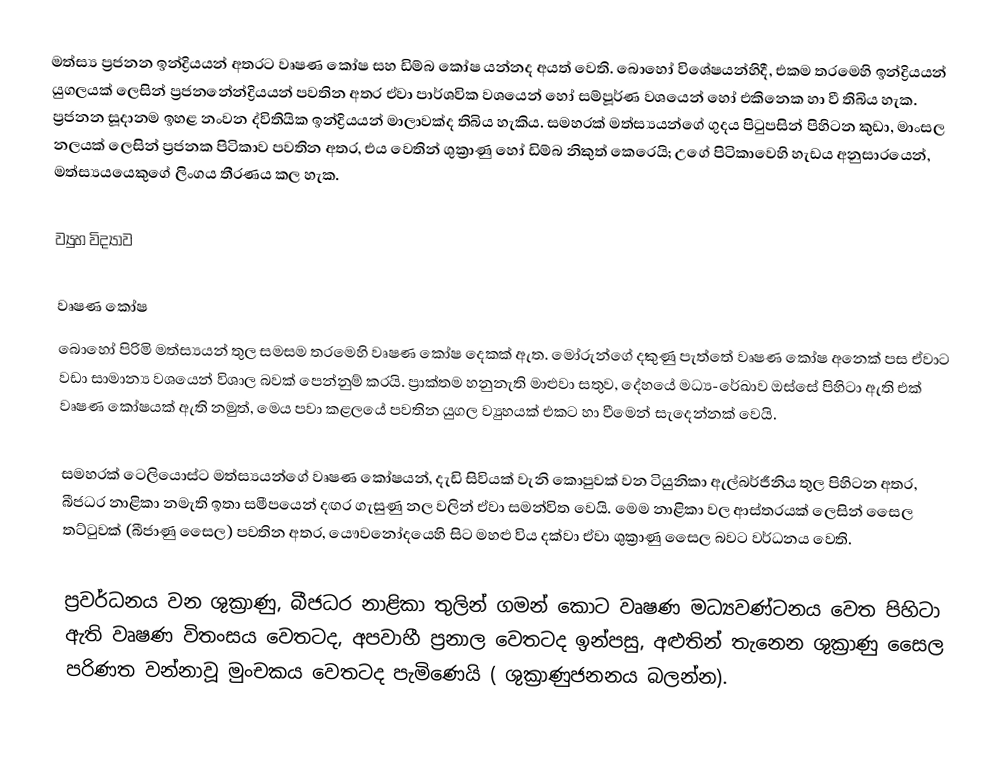
මත්ස්‍ය ප්‍රජනන ඉන්ද්‍රියයන් අතරට වෘෂණ කෝෂ සහ ඩිම්බ කෝෂ යන්නද අයත් වෙති. බොහෝ විශේෂයන්හිදී, එකම තරමෙහි ඉන්ද්‍රියයන් යුගලයක් ලෙසින් ප්‍රජනනේන්ද්‍රියයන් පවතින අතර ඒවා පාර්ශවික වශයෙන් හෝ සම්පූර්ණ වශයෙන් හෝ එකිනෙක හා වී තිබිය හැක. ප්‍රජනන සූදානම ඉහළ නංවන ද්විතියික ඉන්ද්‍රියයන් මාලාවක්ද තිබිය හැකිය. සමහරක් මත්ස්‍යයන්ගේ ගුදය පිටුපසින් පිහිටන  කුඩා, මාංසල නලයක් ලෙසින් ප්‍රජනක පිටිකාව පවතින අතර, එය වෙතින් ශුක්‍රාණු හෝ ඩිම්බ නිකුත් කෙරෙයි; උගේ පිටිකාවෙහි හැඩය අනුසාරයෙන්, මත්ස්‍යයයෙකුගේ ලිංගය තීරණය කල හැක.

ව්‍යුහ විද්‍යාව

වෘෂණ කෝෂ
බොහෝ පිරිමි මත්ස්‍යයන් තුල සමසම තරමෙහි  වෘෂණ කෝෂ දෙකක් ඇත. මෝරුන්ගේ දකුණු පැත්තේ වෘෂණ කෝෂ අනෙක් පස ඒවාට වඩා සාමාන්‍ය වශයෙන් විශාල බවක් පෙන්නුම් කරයි. ප්‍රාක්තම හනුනැති මාළුවා සතුව, දේහයේ මධ්‍ය-රේඛාව ඔස්සේ පිහිටා ඇති එක් වෘෂණ කෝෂයක් ඇති නමුත්, මෙය පවා කළලයේ පවතින යුගල ව්‍යුහයක් එකට හා වීමෙන් සැදෙන්නක් වෙයි.

සමහරක් ටෙලියොස්ට මත්ස්‍යයන්ගේ වෘෂණ කෝෂයන්, දැඩි සිවියක් වැනි කොපුවක් වන  ටියුනිකා ඇල්බර්ජීනිය තුල පිහිටන අතර, බීජධර නාළිකා නමැති ඉතා සමීපයෙන් දඟර ගැසුණු නල වලින් ඒවා සමන්විත වෙයි. මෙම නාළිකා වල ආස්තරයක් ලෙසින් සෛල තට්ටුවක් (බීජාණු සෛල) පවතින අතර,  යෞවනෝදයෙහි සිට මහළු විය දක්වා  ඒවා  ශුක්‍රාණු සෛල බවට වර්ධනය වෙති.

ප්‍රවර්ධනය වන ශුක්‍රාණු,  බීජධර නාළිකා තුලින් ගමන් කොට  වෘෂණ මධ්‍යවණ්ටනය වෙත පිහිටා ඇති වෘෂණ විතංසය වෙතටද, අපවාහී ප්‍රනාල වෙතටද ඉන්පසු, අළුතින් තැනෙන ශුක්‍රාණු සෛල පරිණත වන්නාවූ මුංචකය වෙතටද පැමිණෙයි ( ශුක්‍රාණුජනනය බලන්න).